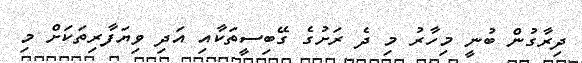
ދިރާގުން ބުނީ މިހާރު މި ދެ ރަށުގެ ގޭބިސީތަކާއި އަދި ވިޔަފާރިތަކަށް މި